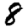
Digit: 8